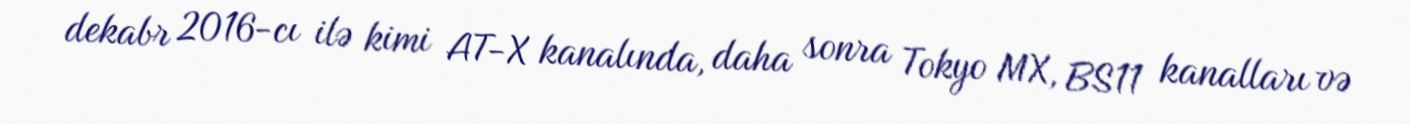
dekabr 2016-cı ilə kimi AT-X kanalında, daha sonra Tokyo MX, BS11 kanalları və